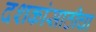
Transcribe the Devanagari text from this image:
दशकांसाठीचा